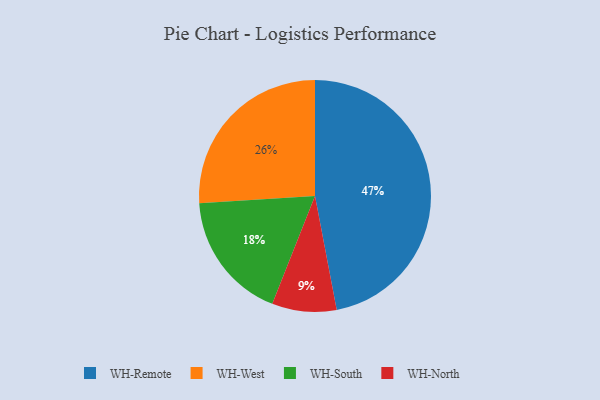
{"axis": {"x": "Category", "y": "Percentage"}, "legend": ["WH-North", "WH-Remote", "WH-South", "WH-West"], "data": [{"x": "WH-South", "y": 18, "type": "WH-South"}, {"x": "WH-Remote", "y": 47, "type": "WH-Remote"}, {"x": "WH-West", "y": 26, "type": "WH-West"}, {"x": "WH-North", "y": 9, "type": "WH-North"}]}